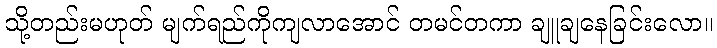
သို့တည်းမဟုတ် မျက်ရည်ကိုကျလာအောင် တမင်တကာ ချူချနေခြင်းလော။